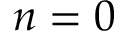
n = 0